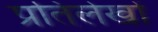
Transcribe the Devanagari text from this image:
प्रतिलेखों